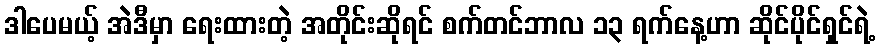
ဒါပေမယ့် အဲဒီမှာ ရေးထားတဲ့ အတိုင်းဆိုရင် စက်တင်ဘာလ ၁၃ ရက်နေ့ဟာ ဆိုင်ပိုင်ရှင်ရဲ့